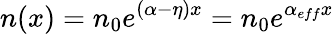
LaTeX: n(x)=n_{0}e^{(\alpha-\eta)x}=n_{0}e^{\alpha_{eff}x}